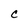
Character: c